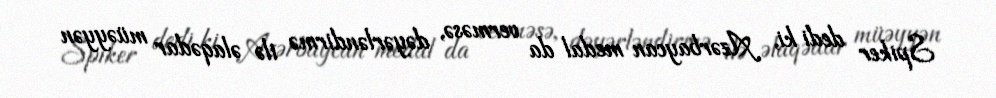
Spiker dedi ki, Azərbaycan medal da verməsə, dəyərləndirmə ilə əlaqədar müəyyən